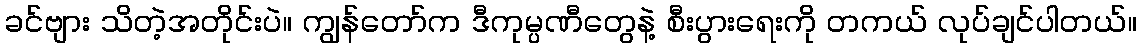
ခင်ဗျား သိတဲ့အတိုင်းပဲ။ ကျွန်တော်က ဒီကုမ္ပဏီတွေနဲ့ စီးပွားရေးကို တကယ် လုပ်ချင်ပါတယ်။